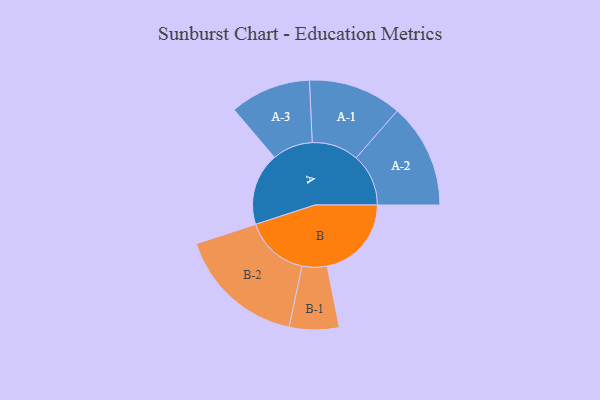
{"axis": {"x": "Segment", "y": "Value"}, "legend": ["", "A", "B"], "data": [{"x": "A", "y": 324, "type": ""}, {"x": "B", "y": 377, "type": ""}, {"x": "A-1", "y": 209, "type": "A"}, {"x": "A-2", "y": 234, "type": "A"}, {"x": "A-3", "y": 181, "type": "A"}, {"x": "B-1", "y": 111, "type": "B"}, {"x": "B-2", "y": 287, "type": "B"}]}